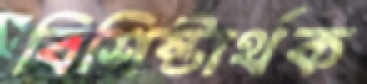
বিশিষ্টার্থক